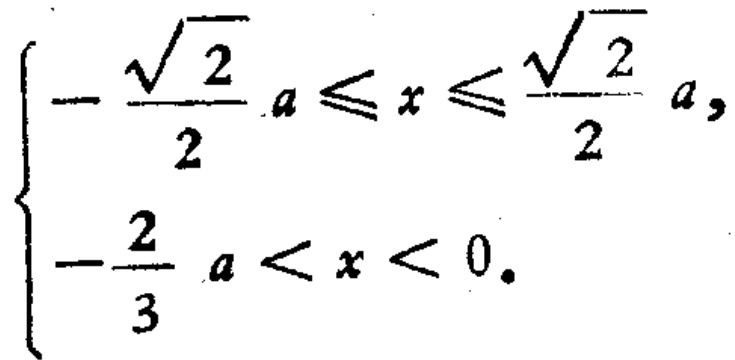
\[
\begin{cases}
-\frac{\sqrt{2}}{2}a\leqslant x\leqslant\frac{\sqrt{2}}{2}a,\\
-\frac{2}{3}a < x < 0.
\end{cases}
\]